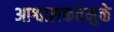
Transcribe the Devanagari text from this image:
आश्वासकतेमुळे